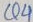
Text: Q4